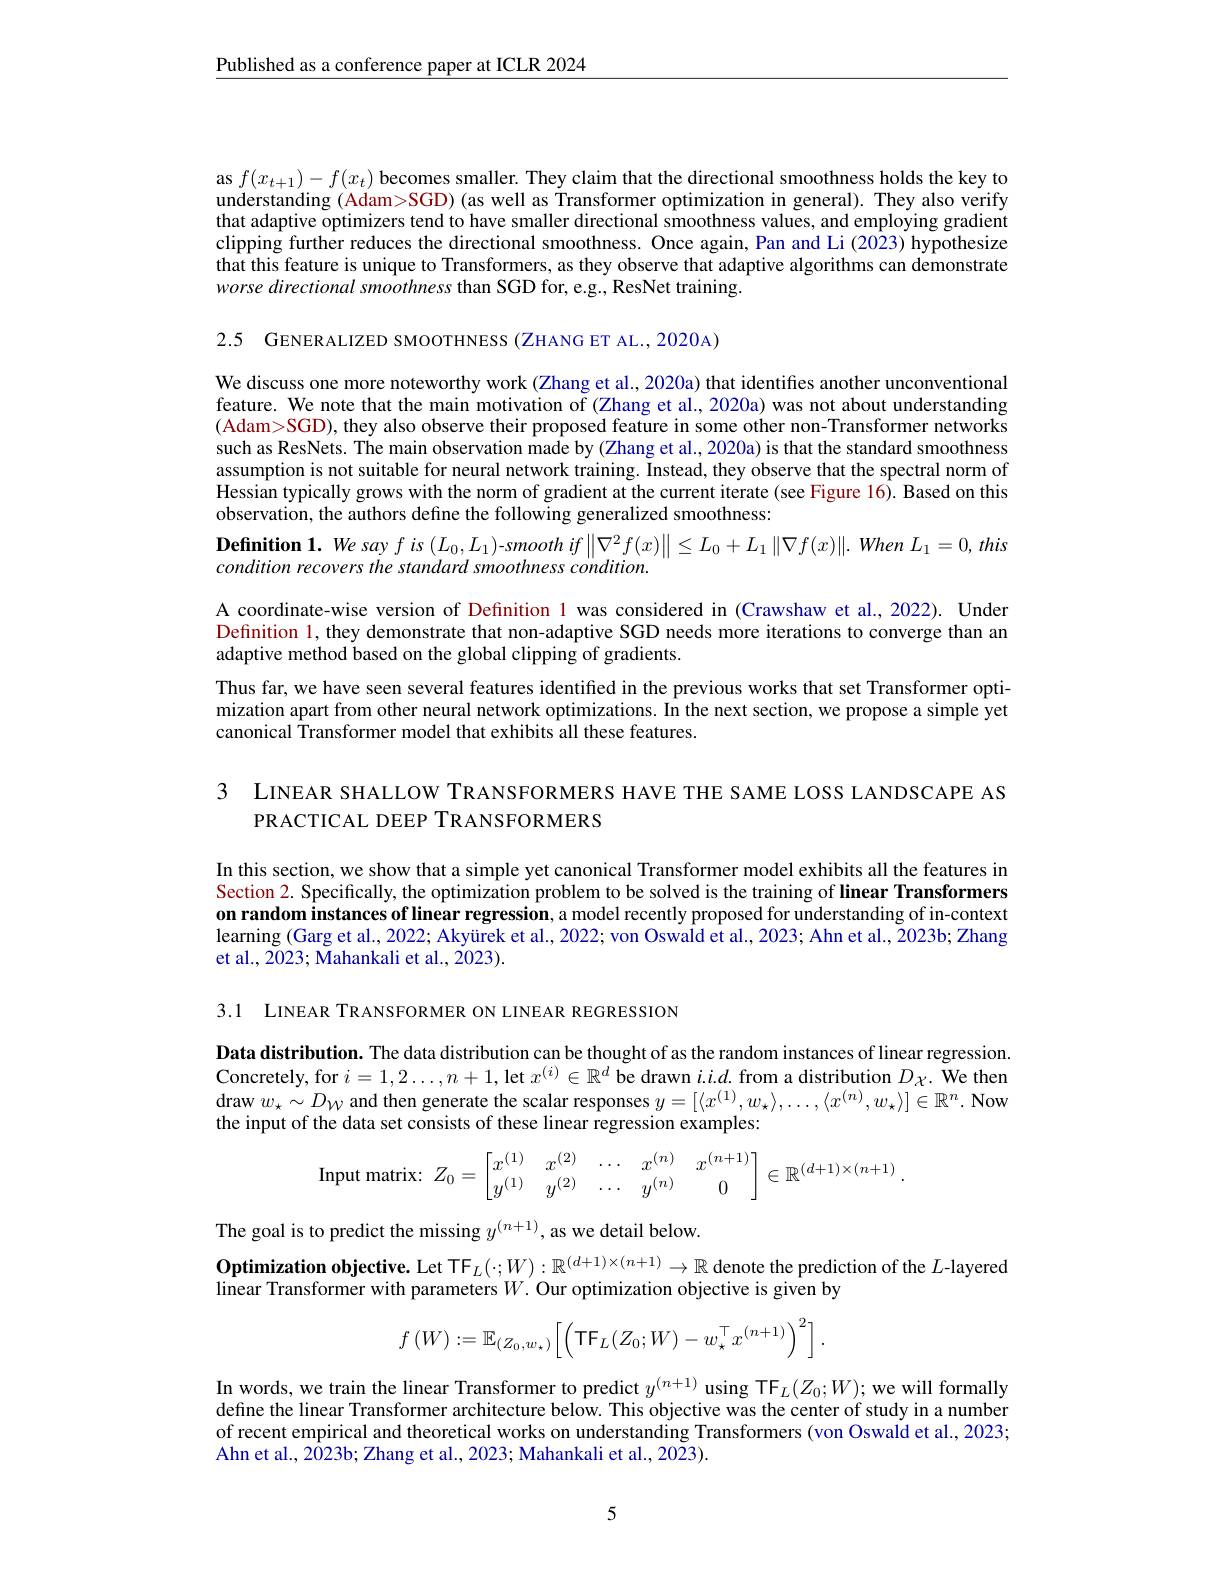
$\underline{\text{Published as a conference paper at ICLR 2024}}$

as $f(x_{t+1})-f(x_{t})$ becomes smaller. They claim that the directional smoothness holds the key to understanding (Adam>SGD) (as well as Transformer optimization in general). They also verify that adaptive optimizers tend to have smaller directional smoothness values, and employing gradient clipping further reduces the directional smoothness. Once again, Pan and Li (2023) hypothesize that this feature is unique to Transformers, as they observe that adaptive algorithms can demonstrate worse directional smoothness than SGD for, e.g., ResNet training.

2.5 GENERALIZED SMOOTHNESS(ZHANG ET AL., 2020A)

We discuss one more noteworthy work (Zhang et al., 2020a) that identifies another unconventional feature. We note that the main motivation of (Zhang et al., 2020a) was not about understanding (Adam>SGD), they also observe their proposed feature in some other non-Transformer networks such as ResNets. The main observation made by (Zhang et al., 2020a) is that the standard smoothness assumption is not suitable for neural network training. Instead, they observe that the spectral norm of Hessian typically grows with the norm of gradient at the current iterate (see Figure 16). Based on this observation, the authors define the following generalized smoothness:

$\textbf{Definition 1. We say f is }( L_{0}, L_{1})$-smooth if$\left\|\nabla^{2}f(x)\right\|\leq L_{0}+L_{1}\left\|\nabla f(x)\right\|.$ When $L_1=0,this$
condition recovers the standard smoothness condition.
A coordinate-wise version of Definition l was considered in (Crawshaw et al.,2022). Under Definition 1, they demonstrate that non-adaptive SGD needs more iterations to converge than an adaptive method based on the global clipping of gradients.
Thus far, we have seen several features identified in the previous works that set Transformer optimization apart from other neural network optimizations. In the next section, we propose a simple yet canonical Transformer model that exhibits all these features.

3 LINEAR SHALLOW TRANSFORMERS HAVE THE SAME LOSS LANDSCAPE AS
PRACTICAL DEEP TRANSFORMERS

In this section, we show that a simple yet canonical Transformer model exhibits all the features in Section 2. Specifically, the optimization problem to be solved is the training of linear Transformers on random instances of linear regression, a model recently proposed for understanding of in-context learning (Garg et al., 2022; Akyürek et al., 2022; von Oswald et al., 2023; Ahn et al., 2023b; Zhang et al., 2023; Mahankali et al., 2023).

3.1 LINEAR TRANSFORMER ON LINEAR REGRESSION

Data distribution. The data distribution can be thought of as the random instances of linear regression. Concretely, for $i=1,2\ldots,n+1$, let $x^(i)\in\mathbb{R}^d$ be drawn $i.i.d.$ from a distribution $D_{\chi}.$ We then $\operatorname{draw}w_\star\sim D_W$ and then generate the scalar responses $y=[\langle x^{(1)},w_\star\rangle,\ldots,\langle x^{(n)},w_\star\rangle]\in\mathbb{R}^n.$ Now the input of the data set consists of these linear regression examples:
$$\text{Input matrix:}\:Z_0=\begin{bmatrix}x^{(1)}&x^{(2)}&\cdots&x^{(n)}&x^{(n+1)}\\y^{(1)}&y^{(2)}&\cdots&y^{(n)}&0\end{bmatrix}\in\mathbb{R}^{(d+1)\times(n+1)}.$$
The goal is to predict the missing $y^{(n+1)}$, as we detail below.
$\textbf{Optimization objective. Let TF}_L( \cdot ; W) : \mathbb{R} ^{( d+ 1) \times ( n+ 1) }\to \mathbb{R}$ denote the prediction of the $L$-layered
linear Transformer with parameters $W.$ Our optimization objective is given by
$$f\left(W\right):=\mathbb{E}_{\left(Z_{0},w_{\star}\right)}\Big[\left(\text{TF}_{L}\left(Z_{0};W\right)-w_{\star}^{\top}x^{\left(n+1\right)}\right)^{2}\Big]\:.$$
In words, we train the linear Transformer to predict $y^{(n+1)}$ using TF$_L(Z_0;W);$ we will formally define the linear Transformer architecture below. This objective was the center of study in a number of recent empirical and theoretical works on understanding Transformers (von Oswald et al., 2023; Ahn et al., 2023b; Zhang et al., 2023; Mahankali et al., 2023).

5